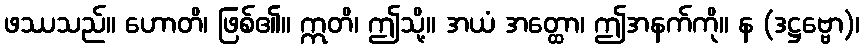
ဖဿသည်။ ဟောတိ၊ ဖြစ်၏။ ဣတိ၊ ဤသို့။ အယံ အတ္ထော၊ ဤအနက်ကို။ န (ဒဋ္ဌဗ္ဗော)၊